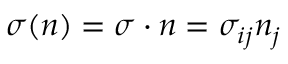
\begin{array} { r } { \sigma ( n ) = \sigma \cdot n = \sigma _ { i j } n _ { j } } \end{array}